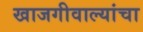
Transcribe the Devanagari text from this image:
खाजगीवाल्यांचा